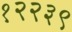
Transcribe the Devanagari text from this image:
१२२३९